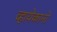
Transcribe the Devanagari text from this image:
व्हायेकानो